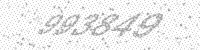
Solution: 993849